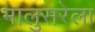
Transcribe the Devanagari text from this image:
मालुसरेला